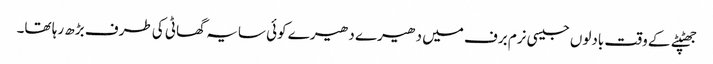
جھٹپٹے کے وقت بادلوں جیسی نرم برف میں دھیرے دھیرے کوئی سایہ گھاٹی کی طرف بڑھ رہا تھا۔